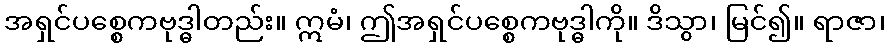
အရှင်ပစ္စေကဗုဒ္ဓါတည်း။ ဣမံ၊ ဤအရှင်ပစ္စေကဗုဒ္ဓါကို။ ဒိသွာ၊ မြင်၍။ ရာဇာ၊